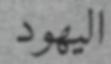
اليھود